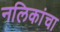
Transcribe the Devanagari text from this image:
नलिकांचा